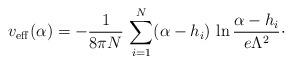
LaTeX: \begin{align*}v_{\rm eff}(\alpha) = -{1\over 8\pi N}\, \sum_{i=1}^{N} (\alpha -h_{i})\, \ln {\alpha -h_{i}\over e\Lambda^{2}}\cdotp\end{align*}